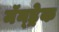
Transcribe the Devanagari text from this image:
मॅन्ड्रेक